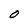
Character: O